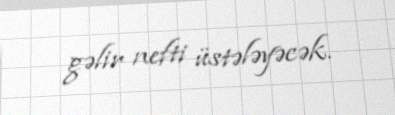
gəlir nefti üstələyəcək.